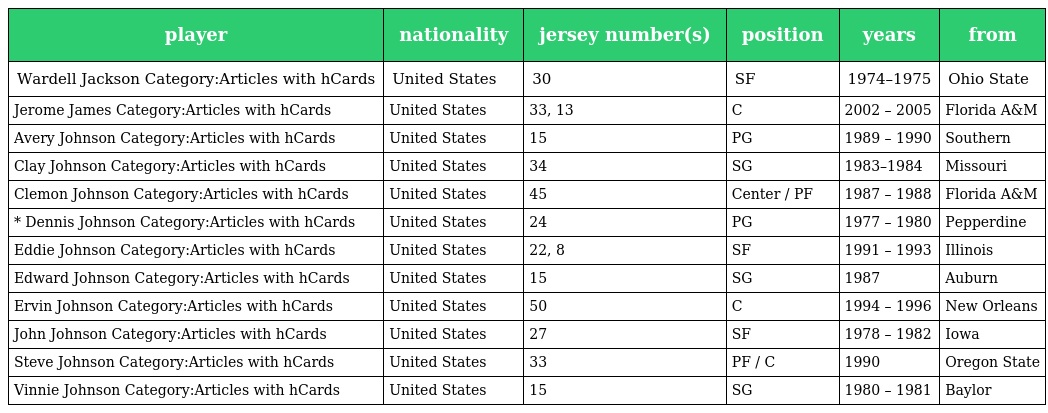
| player | nationality | jersey number(s) | position | years | from |
 | --- | --- | --- | --- | --- | --- |
 | Wardell Jackson Category:Articles with hCards | United States | 30 | SF | 1974–1975 | Ohio State |
 | Jerome James Category:Articles with hCards | United States | 33, 13 | C | 2002 – 2005 | Florida A&M |
 | Avery Johnson Category:Articles with hCards | United States | 15 | PG | 1989 – 1990 | Southern |
 | Clay Johnson Category:Articles with hCards | United States | 34 | SG | 1983–1984 | Missouri |
 | Clemon Johnson Category:Articles with hCards | United States | 45 | Center / PF | 1987 – 1988 | Florida A&M |
 | * Dennis Johnson Category:Articles with hCards | United States | 24 | PG | 1977 – 1980 | Pepperdine |
 | Eddie Johnson Category:Articles with hCards | United States | 22, 8 | SF | 1991 – 1993 | Illinois |
 | Edward Johnson Category:Articles with hCards | United States | 15 | SG | 1987 | Auburn |
 | Ervin Johnson Category:Articles with hCards | United States | 50 | C | 1994 – 1996 | New Orleans |
 | John Johnson Category:Articles with hCards | United States | 27 | SF | 1978 – 1982 | Iowa |
 | Steve Johnson Category:Articles with hCards | United States | 33 | PF / C | 1990 | Oregon State |
 | Vinnie Johnson Category:Articles with hCards | United States | 15 | SG | 1980 – 1981 | Baylor |